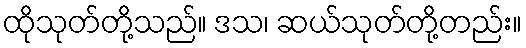
ထိုသုတ်တို့သည်။ ဒသ၊ ဆယ်သုတ်တို့တည်း။